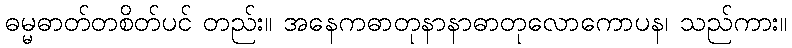
ဓမ္မဓာတ်တစိတ်ပင် တည်း။ အနေကဓာတုနာနာဓာတုလောကောပန၊ သည်ကား။